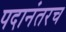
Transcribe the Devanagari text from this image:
पदानंतरच